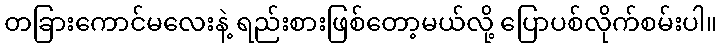
တခြားကောင်မလေးနဲ့ ရည်းစားဖြစ်တော့မယ်လို့ ပြောပစ်လိုက်စမ်းပါ။